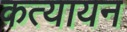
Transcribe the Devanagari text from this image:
कत्यायन